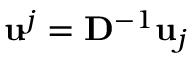
\mathbf { u } ^ { j } = \mathbf { D } ^ { - 1 } \mathbf { u } _ { j }